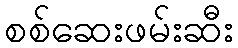
စစ်ဆေးဖမ်းဆီး